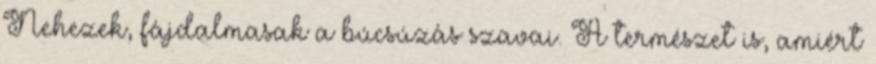
Nehezek, fájdalmasak a búcsúzás szavai. A természet is, amiért